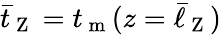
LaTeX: \bar{t}_{\mathrm{~Z~}}=t_{\mathrm{~m~}}(z=\bar{\ell}_{\mathrm{~Z~}})